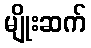
မျိုးဆက်